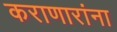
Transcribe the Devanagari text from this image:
कराणारांना